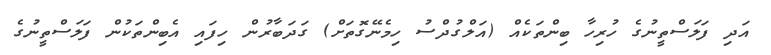
އަދި ފަލަސްތީނުގެ ހުރިހާ ބިންތަކެއް (އަލްގުދްސު ހިމެނޭގޮތަށް) ގަދަބާރުން ހިފައި އެބިންތަކުން ފަލަސްތީނުގެ